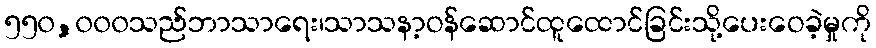
၅၅၀,၀၀၀သည်ဘာသာရေး၊သာသနာ့ဝန်ဆောင်ထူထောင်ခြင်းသို့ပေးဝေခဲ့မှုကို